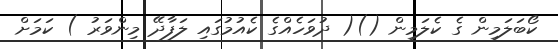
ކޯބަލަމިން ގެ ކެލަމިން ()( ދުވަހެއްގެ ކެއުމުގައި ލަފާދޭ މިންވަރު ) ކަމަށް